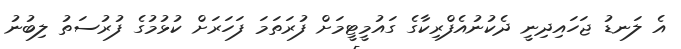
އެ ލަނޑު ޖަހައިދިނީ ދެކުނުއެފްރިކާގެ ގައުމީޓީމަށް ފުރަތަމަ ފަހަރަށް ކުޅުމުގެ ފުރުސަތު ލިބުނު